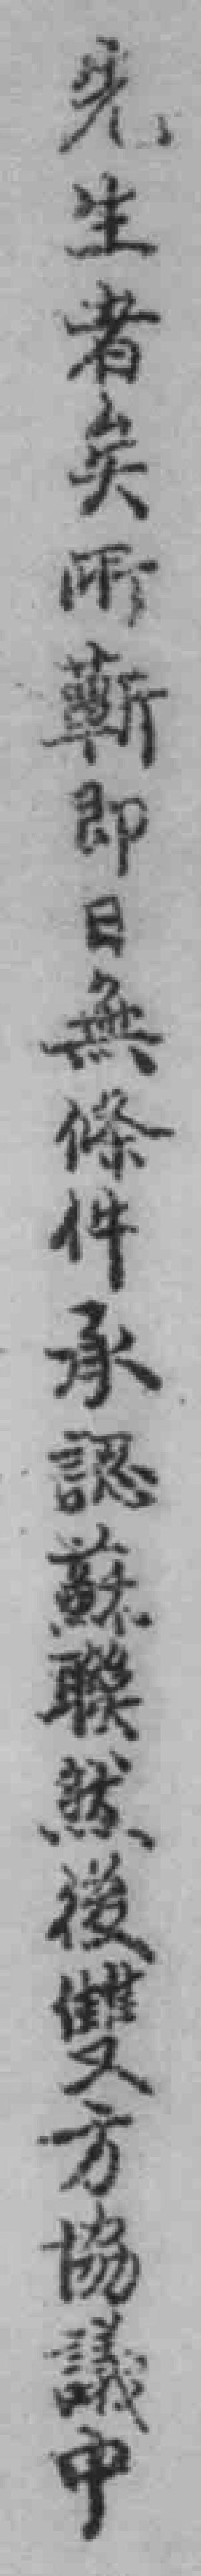
先生者矣所蕲即日無條件承認蘇聯然後雙方協議中